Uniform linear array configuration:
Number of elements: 4
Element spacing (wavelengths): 0.75
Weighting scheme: cosine
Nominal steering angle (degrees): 15
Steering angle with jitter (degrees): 13.135
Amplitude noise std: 0.05
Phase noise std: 0.05

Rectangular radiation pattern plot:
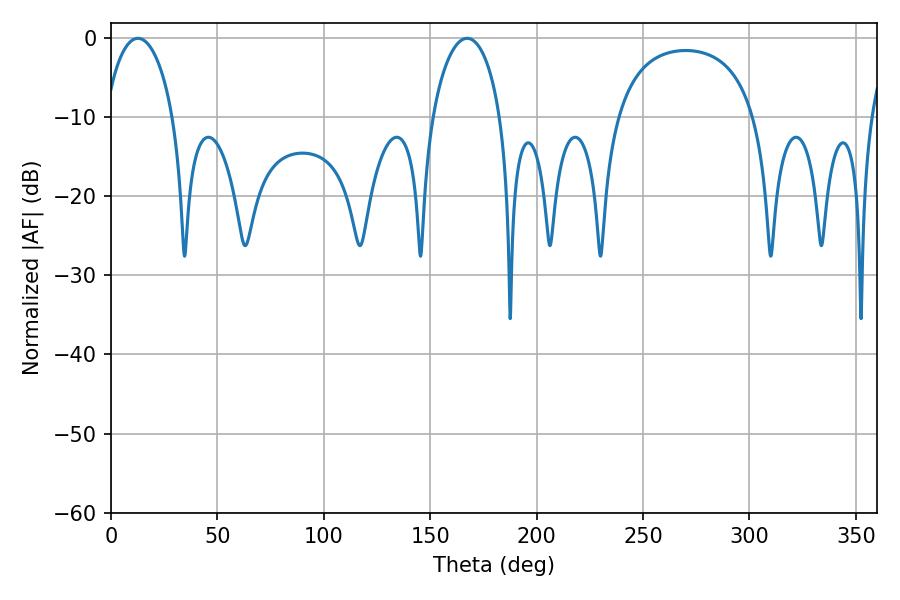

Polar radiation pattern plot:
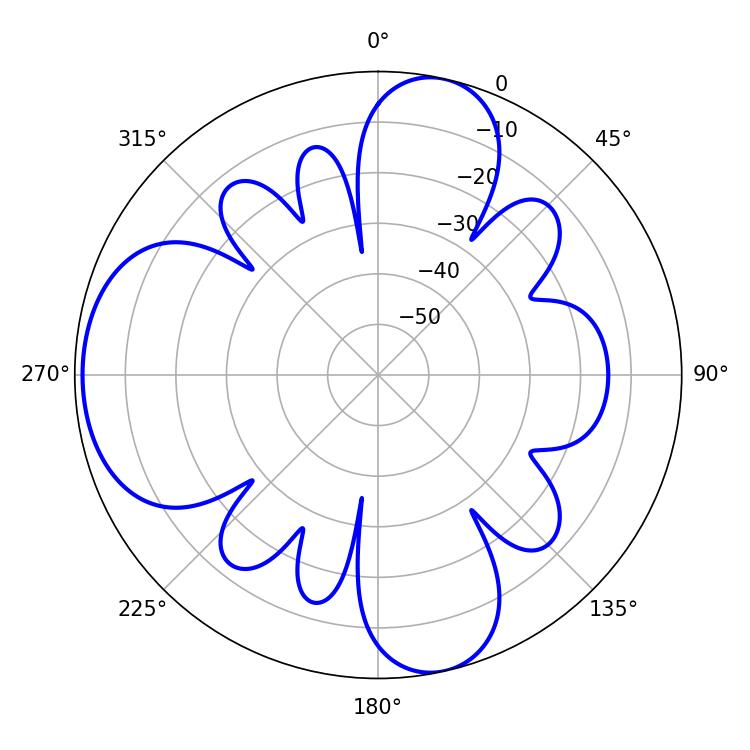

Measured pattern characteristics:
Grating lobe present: TRUE
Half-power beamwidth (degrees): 18.36
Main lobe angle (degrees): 12.6